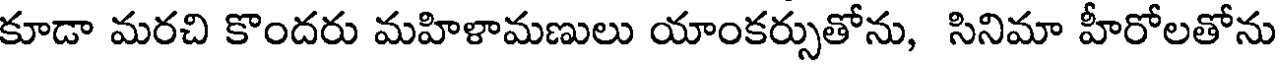
కూడా మరచి కొందరు మహిళామణులు యాంకర్సుతోను, సినిమా హీరోలతోను